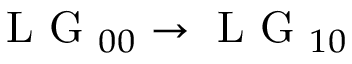
\mathrm { ~ L ~ G ~ } _ { 0 0 } \rightarrow \mathrm { ~ L ~ G ~ } _ { 1 0 }